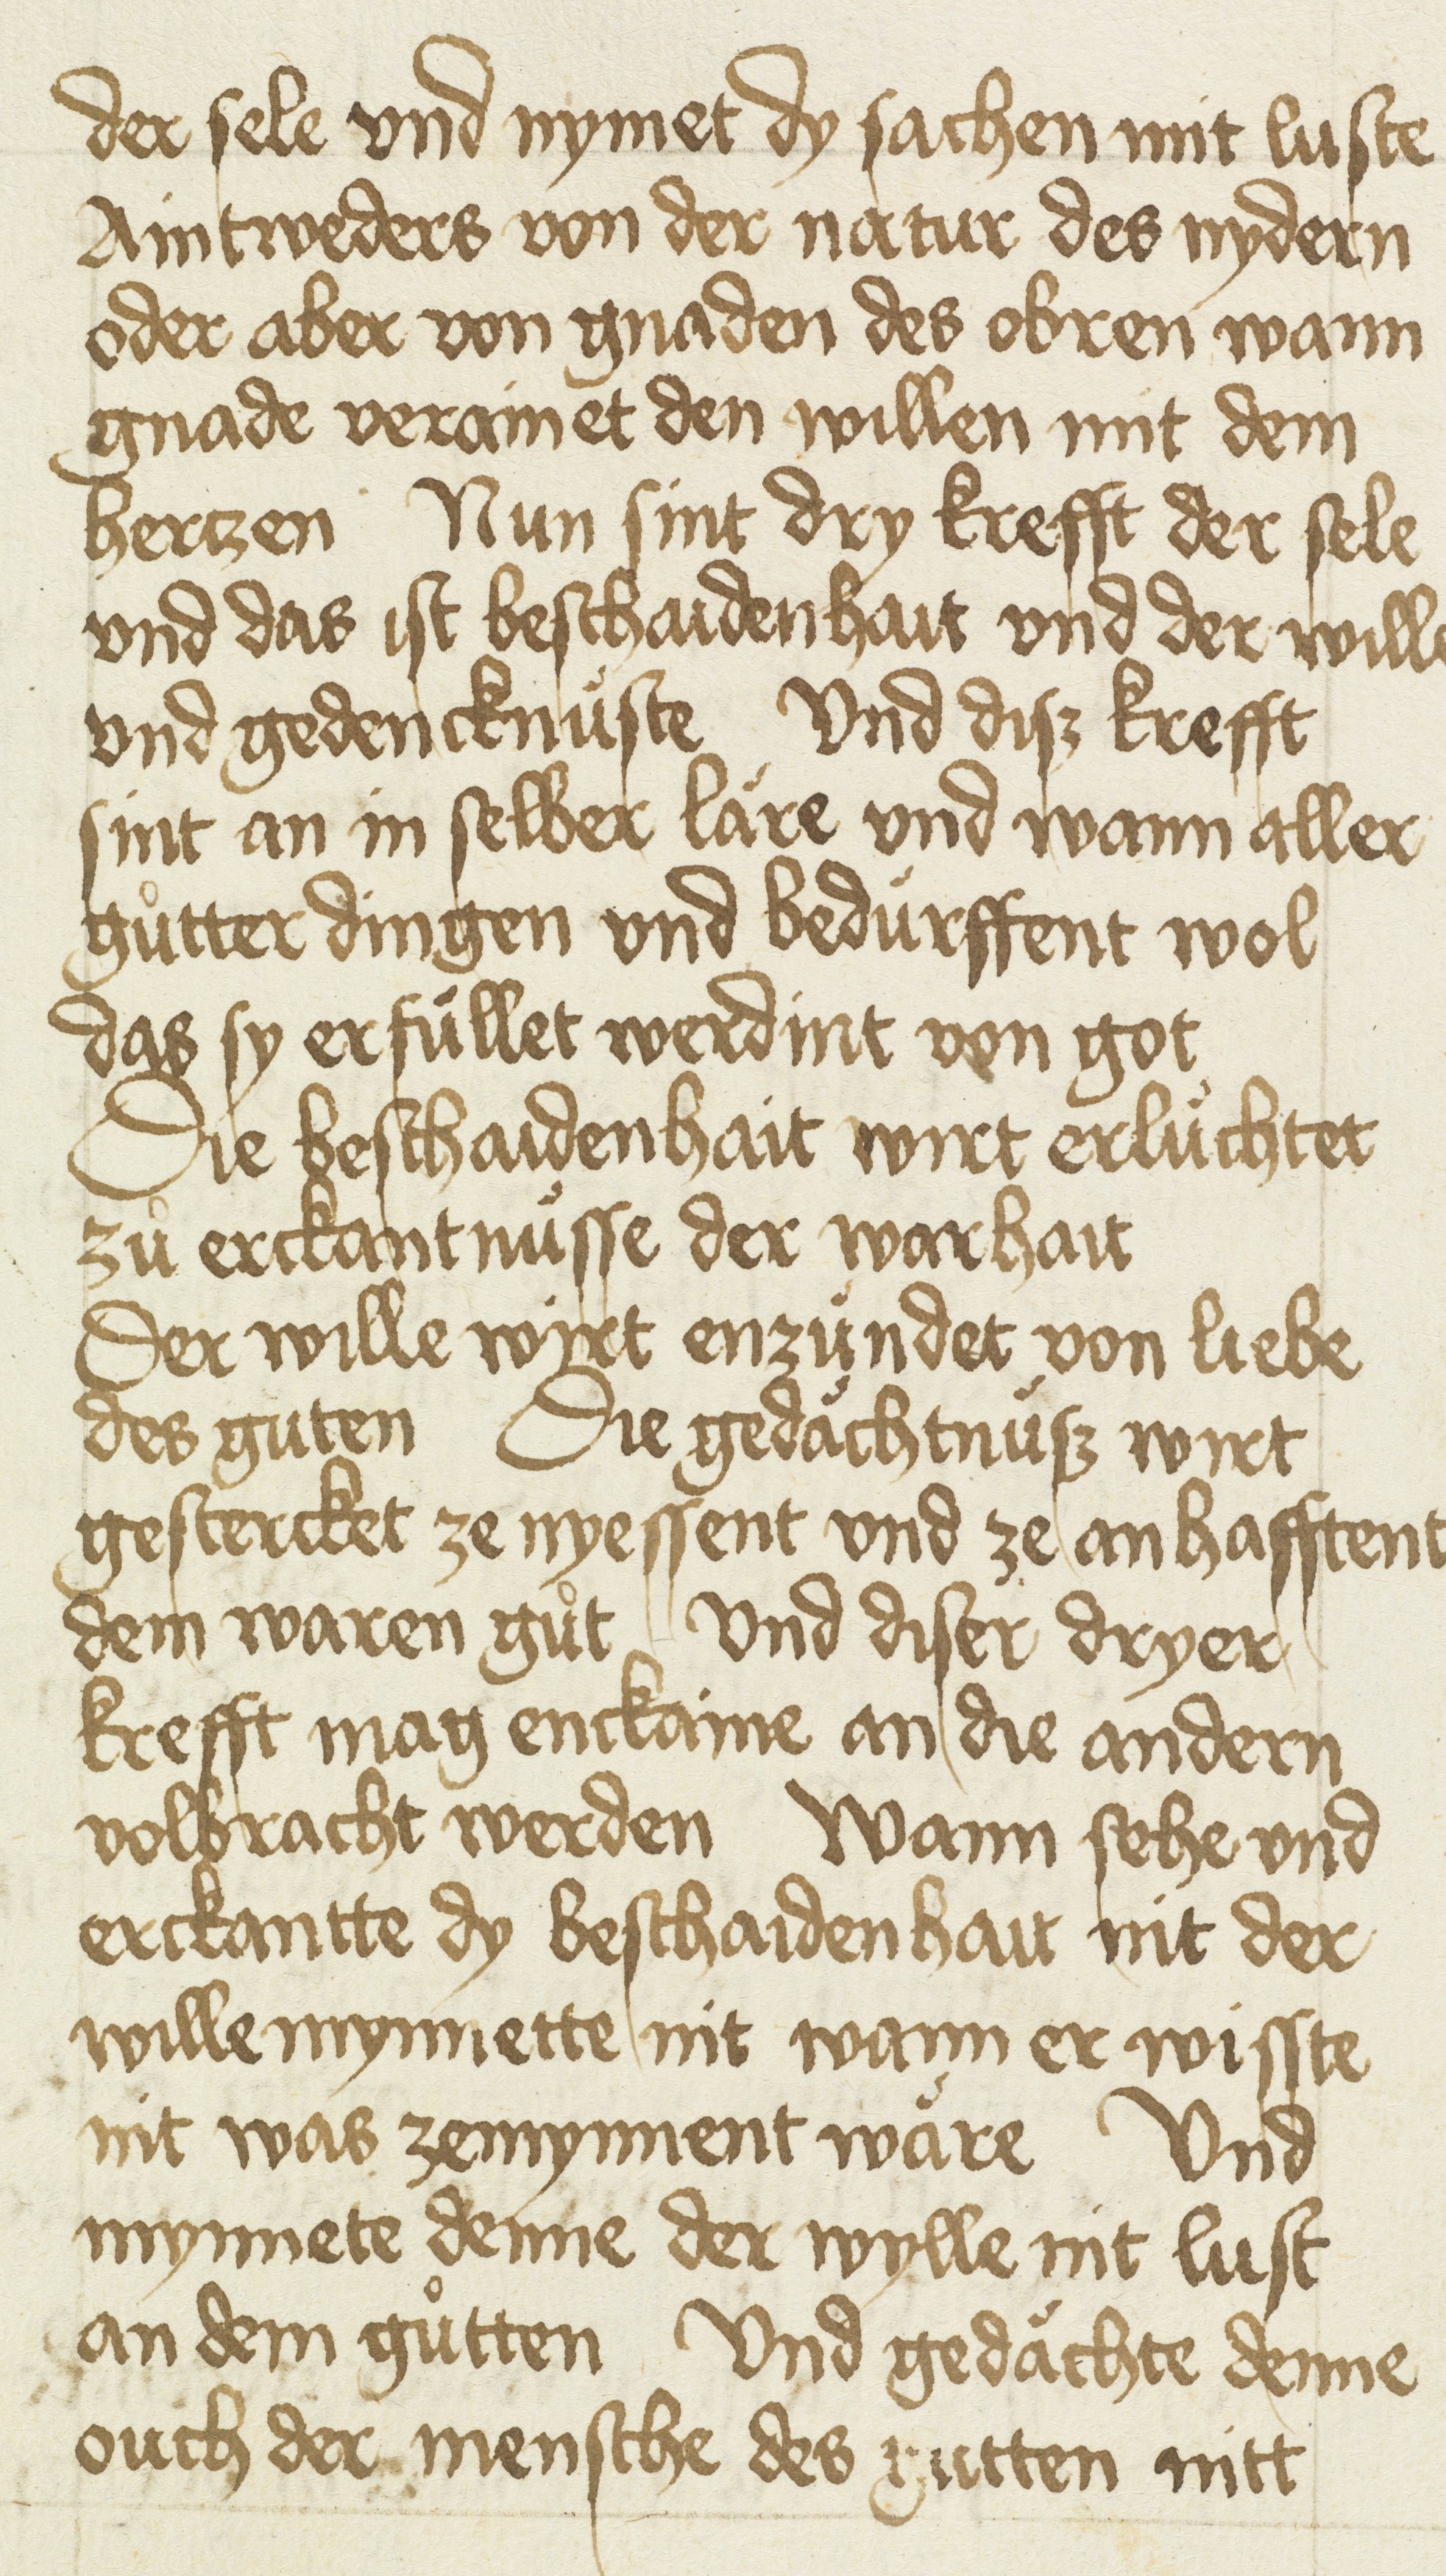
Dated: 1400–1499